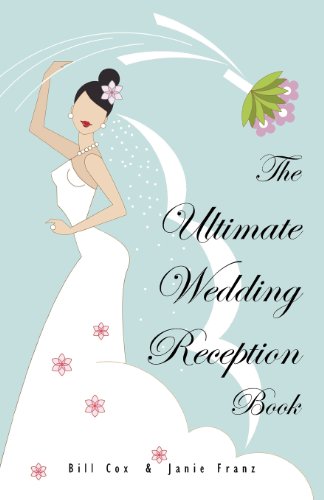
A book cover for The Ultimate Wedding Reception Book; Bill Cox; Crafts, Hobbies & Home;